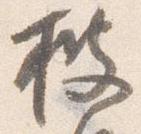
披